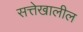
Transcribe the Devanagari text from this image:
सत्तेखालील